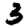
Digit: 3